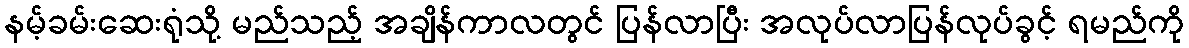
နမ့်ခမ်းဆေးရုံသို့ မည်သည့် အချိန်ကာလတွင် ပြန်လာပြီး အလုပ်လာပြန်လုပ်ခွင့် ရမည်ကို